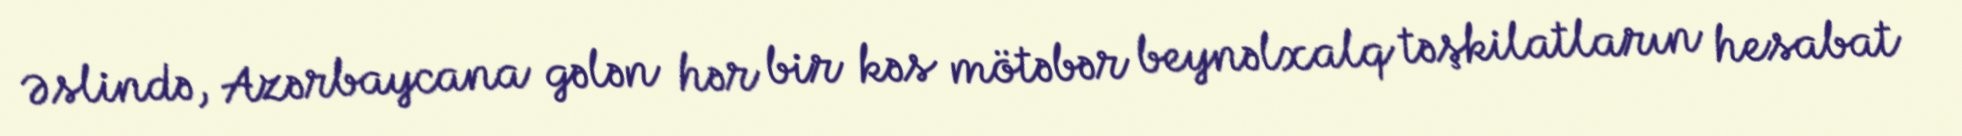
Əslində, Azərbaycana gələn hər bir kəs mötəbər beynəlxalq təşkilatların hesabat